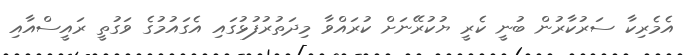
އެމެރިކާ ސަރުކާރުން ބުނީ ކެރީ ޔުކުރޭނަށް ކުރައްވާ މިދަތުރުފުޅުގައި އެގައުމުގެ ވަގުތީ ރައީސްއާއި